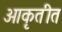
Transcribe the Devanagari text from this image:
आकृतीत